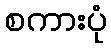
စကားပုံ